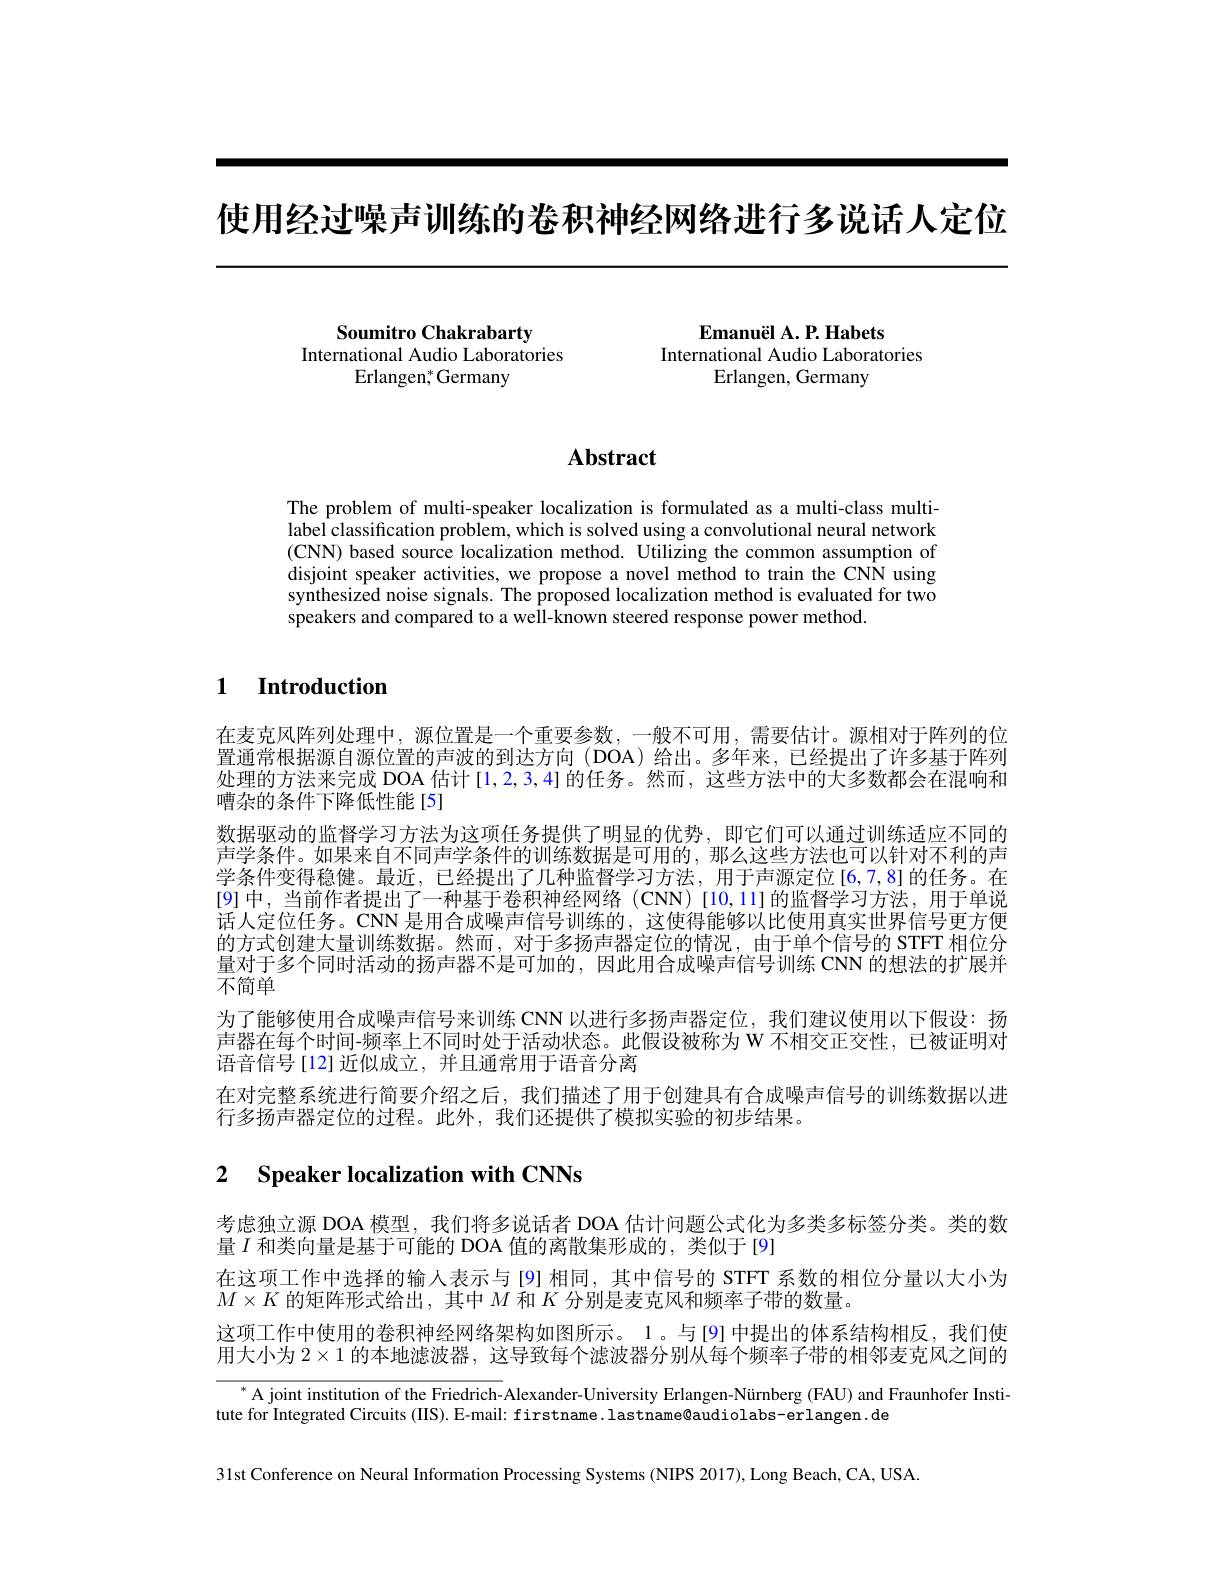
使用经过噪声训练的卷积神经网络进行多说话人定位

$\mathbf{Emanu\ddot{e}lA.P.Habets}$
International Audio Laboratories
Erlangen, Germany

Soumitro Chakrabarty
International Audio Laboratories
Erlangen;$^*$Germany

# Abstract

The problem of multi-speaker localization is formulated as a multi-class multilabel classification problem, which is solved using a convolutional neural network $(\mathbf{CNN})$ based source localization method. Utilizing the common assumption of disjoint speaker activities, we propose a novel method to train the CNN using synthesized noise signals. The proposed localization method is evaluated for two speakers and compared to a well-known steered response power method

## 1 Introduction

在麦克风阵列处理中，源位置是一个重要参数，一般不可用，需要估计。源相对于阵列的位置通常根据源自源位置的声波的到达方向(DOA)给出。多年来，已经提出了许多基于阵列处理的方法来完成 DOA 估计[1,2,3,4]的任务。然而，这些方法中的大多数都会在混响和嘈杂的条件下降低性能[5]
数据驱动的监督学习方法为这项任务提供了明显的优势，即它们可以通过训练适应不同的声学条件。如果来自不同声学条件的训练数据是可用的，那么这些方法也可以针对不利的声学条件变得稳健。最近，已经提出了几种监督学习方法，用于声源定位[6,7,8]的任务。在[9]中，当前作者提出了一种基于卷积神经网络(CNN)[10,11]的监督学习方法，用于单说话人定位任务。CNN 是用合成噪声信号训练的，这使得能够以比使用真实世界信号更方便的方式创建大量训练数据。然而，对于多扬声器定位的情况，由于单个信号的 STFT 相位分量对于多个同时活动的扬声器不是可加的，因此用合成噪声信号训练 CNN 的想法的扩展并不简单
为了能够使用合成噪声信号来训练 CNN 以进行多扬声器定位，我们建议使用以下假设：扬声器在每个时间-频率上不同时处于活动状态。此假设被称为 W 不相交正交性，已被证明对语音信号[12]近似成立，并且通常用于语音分离
在对完整系统进行简要介绍之后，我们描述了用于创建具有合成噪声信号的训练数据以进
行多扬声器定位的过程。此外，我们还提供了模拟实验的初步结果。

## 2 Speaker localization with CNNs

考虑独立源 DOA 模型，我们将多说话者 DOA 估计问题公式化为多类多标签分类。类的数
量$I$和类向量是基于可能的 DOA 值的离散集形成的，类似于[9]
在这项工作中选择的输入表示与[9]相同，其中信号的 STFT 系数的相位分量以大小为
$M\times K$的矩阵形式给出，其中$M$和$K$分别是麦克风和频率子带的数量。
这项工作中使用的卷积神经网络架构如图所示。1。与[9]中提出的体系结构相反，我们使用大小为$2\times1$的本地滤波器，这导致每个滤波器分别从每个频率子带的相邻麦克风之间的

$^{*}$ A joint institution of the Friedrich- Alexander- University Erlangen-Nürnberg (FAU) and Fraunhofer Insti-
tute for Integrated Circuits (IIS). E-mail: firstname. lastname@audiolabs-erlangen. de

31st Conference on Neural Information Processing Systems (NIPS 2017), Long Beach, CA, USA